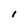
Character: l